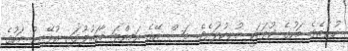
ހުރެއެވެ. މަހުގެ ކުލައަކީ މުށިކުލައެވެ. މަސް އޭގެ އަމިއްލަ މާހައުލުގައި އުޅޭއިރު މަހުގެ